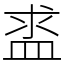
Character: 盚